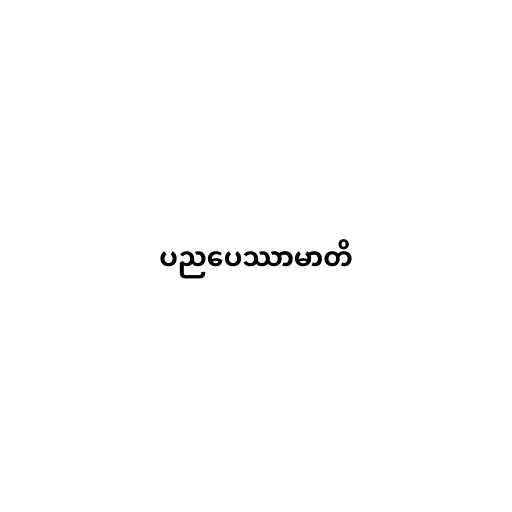
ပညပေဿာမာတိ